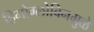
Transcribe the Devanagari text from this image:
हिमोग्लोबिनमुळे